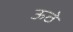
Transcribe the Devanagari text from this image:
ऊठे